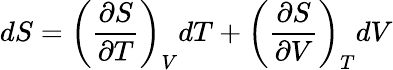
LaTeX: dS=\left({\frac{\partial S}{\partial T}}\right)_{V}dT+\left({\frac{\partial S}{\partial V}}\right)_{T}dV